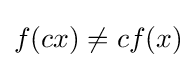
f(cx)\neq cf(x)